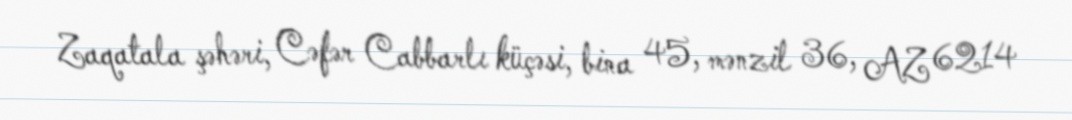
Zaqatala şəhəri, Cəfər Cabbarlı küçəsi, bina 45, mənzil 36, AZ 6214